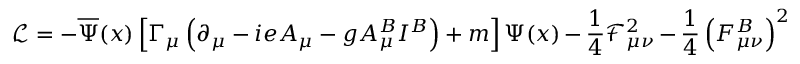
\mathcal { L } = - \overline { { { \Psi } } } ( x ) \left[ \Gamma _ { \mu } \left( \partial _ { \mu } - i e A _ { \mu } - g A _ { \mu } ^ { B } I ^ { B } \right) + m \right] \Psi ( x ) - \frac 1 4 \mathcal { F } _ { \mu \nu } ^ { 2 } - \frac 1 4 \left( F _ { \mu \nu } ^ { B } \right) ^ { 2 }